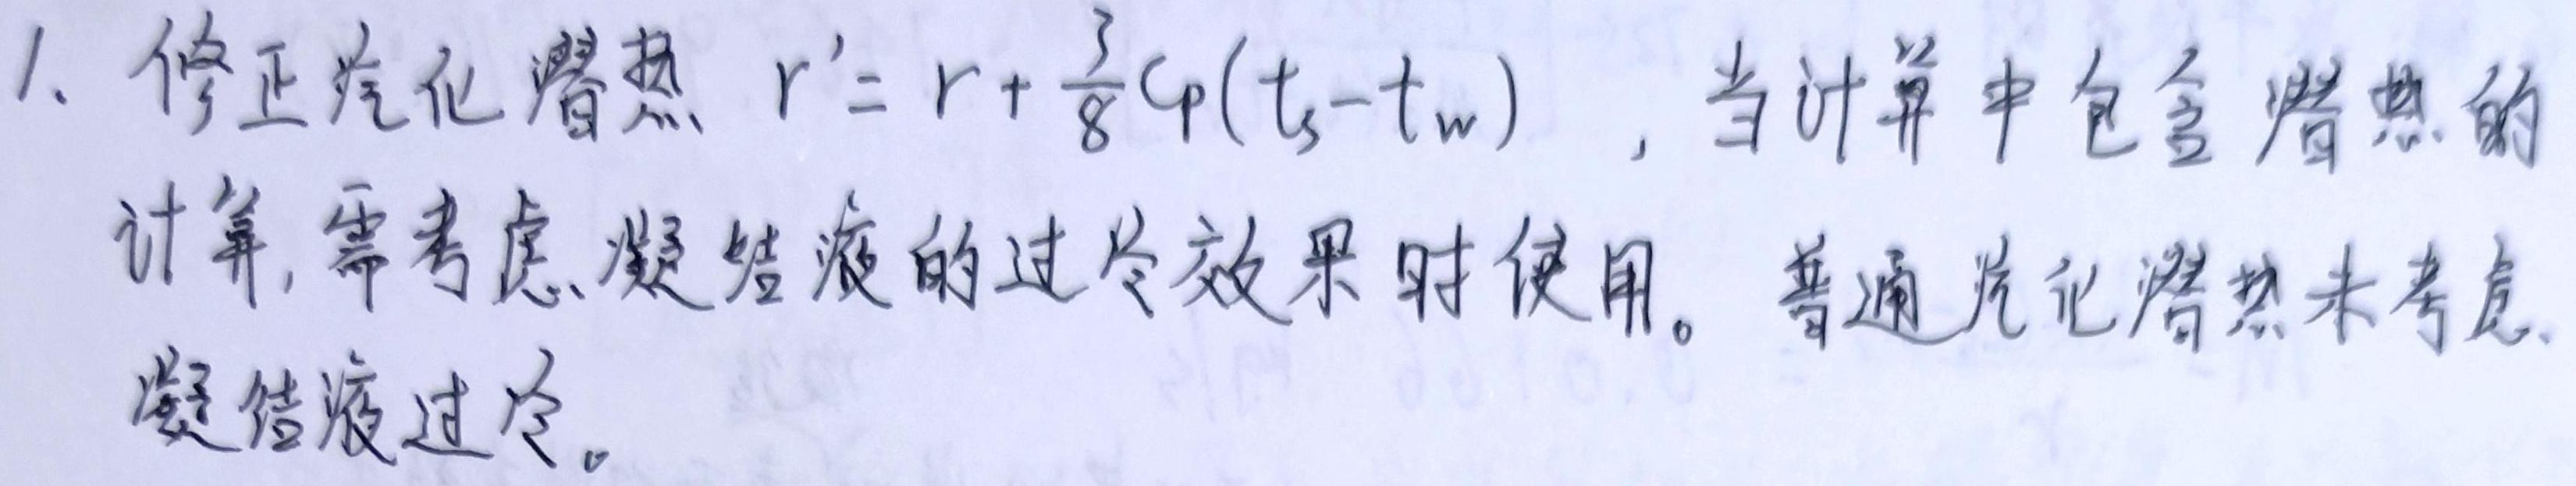
1. 修正汽化潜热 $r' = r + \frac{3}{8}c_p(t_s - t_w)$，当计算中包含潜热的计算，需考虑凝结液的过冷效果时使用。普通汽化潜热未考虑凝结液过冷。